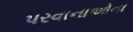
પરવાનાઓના